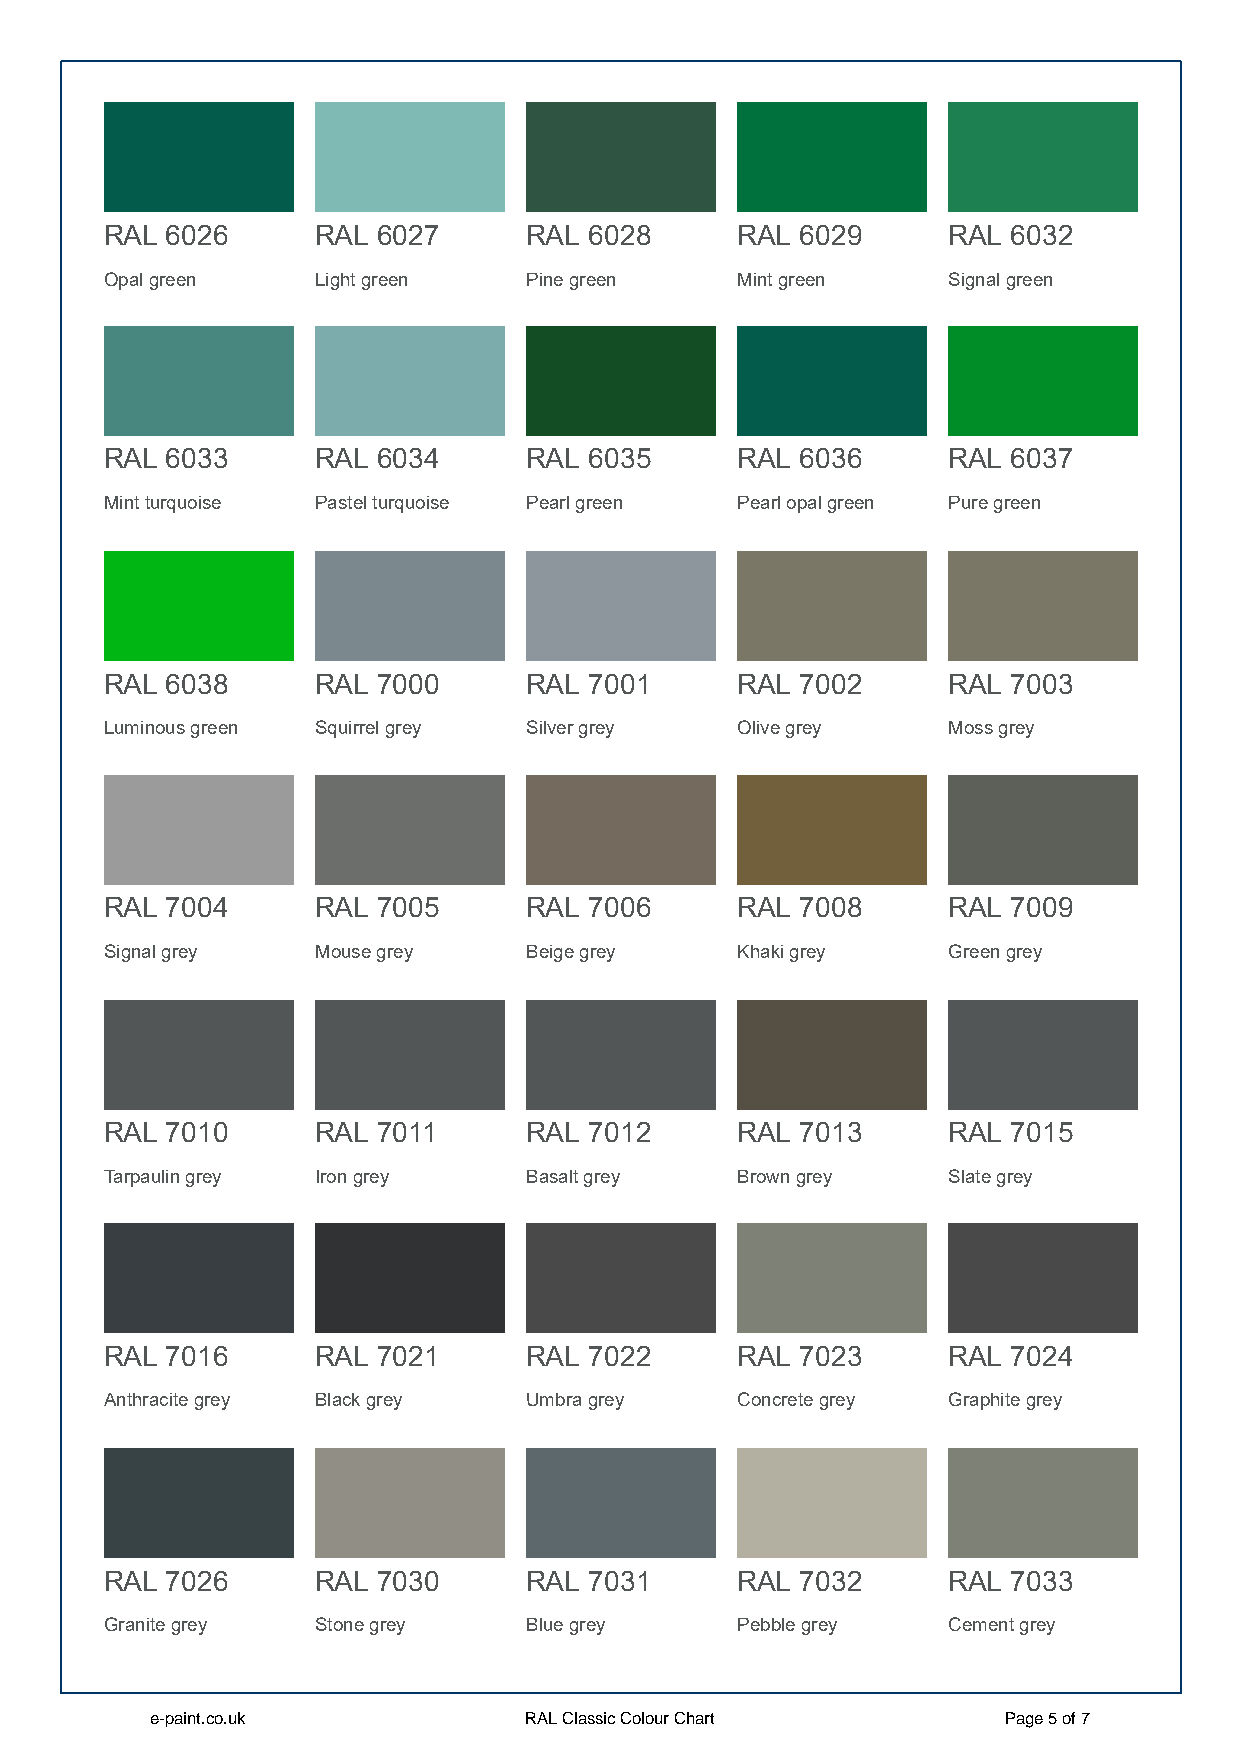
RAL 6026      RAL 6027      RAL 6028      RAL 6029      RAL 6032
 Opal green    Light green   Pine green    Mint green    Signal green
 RAL 6033      RAL 6034      RAL 6035      RAL 6036      RAL 6037
 Mint turquoise Pastel turquoise Pearl green Pearl opal green Pure green
 RAL 6038      RAL 7000      RAL 7001      RAL 7002      RAL 7003
 Luminous green Squirrel grey Silver grey  Olive grey    Moss grey
 RAL 7004      RAL 7005      RAL 7006      RAL 7008      RAL 7009
 Signal grey   Mouse grey    Beige grey    Khaki grey    Green grey
 RAL 7010      RAL 7011      RAL 7012      RAL 7013      RAL 7015
 Tarpaulin grey Iron grey    Basalt grey   Brown grey    Slate grey
 RAL 7016      RAL 7021      RAL 7022      RAL 7023      RAL 7024
 Anthracite grey Black grey  Umbra grey    Concrete grey Graphite grey
 RAL 7026      RAL 7030      RAL 7031      RAL 7032      RAL 7033
 Granite grey  Stone grey    Blue grey     Pebble grey   Cement grey
 e-paint.co.uk            RAL Classic Colour Chart       Page 5 of 7